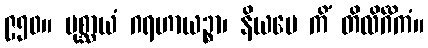
၉၅၀။ ပုစ္ဆာယံ ဂရဟာယဉ္စာ၊ နိယမေ ကိံ တိလိင်္ဂိကံ။